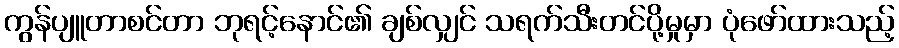
ကွန်ပျူတာစင်တာ ဘုရင့်နောင်၏ ချစ်လျှင် သရက်သီးတင်ပို့မှုမှာ ပုံဖော်ထားသည့်